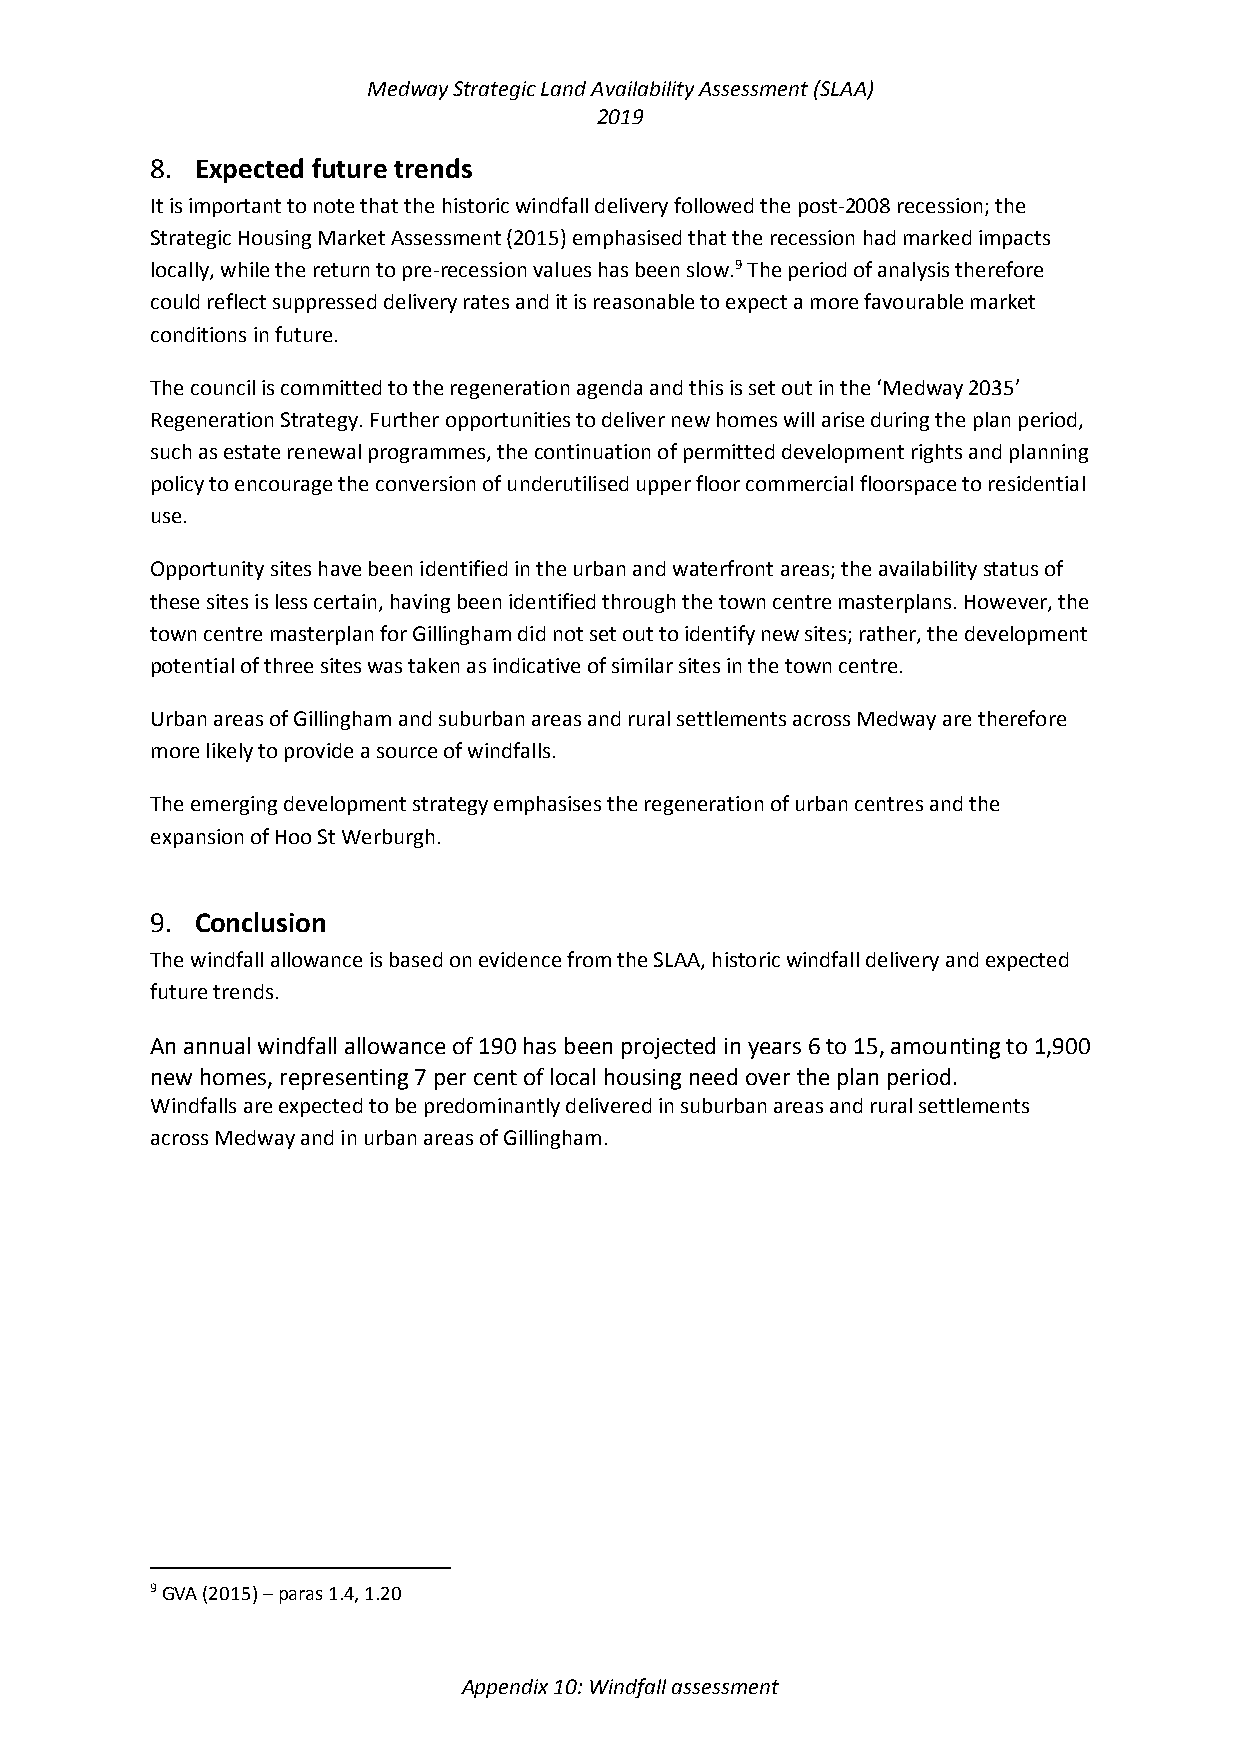
Medway Strategic Land Availability Assessment (SLAA)
 2019
 8. Expected future trends
 It is important to note that the historic windfall delivery followed the post-2008 recession; the
 Strategic Housing Market Assessment (2015) emphasised that the recession had marked impacts
 locally, while the return to pre-recession values has been slow.9 The period of analysis therefore
 could reflect suppressed delivery rates and it is reasonable to expect a more favourable market
 conditions in future.
 The council is committed to the regeneration agenda and this is set out in the ‘Medway 2035’
 Regeneration Strategy. Further opportunities to deliver new homes will arise during the plan period,
 such as estate renewal programmes, the continuation of permitted development rights and planning
 policy to encourage the conversion of underutilised upper floor commercial floorspace to residential
 use.
 Opportunity sites have been identified in the urban and waterfront areas; the availability status of
 these sites is less certain, having been identified through the town centre masterplans. However, the
 town centre masterplan for Gillingham did not set out to identify new sites; rather, the development
 potential of three sites was taken as indicative of similar sites in the town centre.
 Urban areas of Gillingham and suburban areas and rural settlements across Medway are therefore
 more likely to provide a source of windfalls.
 The emerging development strategy emphasises the regeneration of urban centres and the
 expansion of Hoo St Werburgh.
 9. Conclusion
 The windfall allowance is based on evidence from the SLAA, historic windfall delivery and expected
 future trends.
 An annual windfall allowance of 190 has been projected in years 6 to 15, amounting to 1,900
 new homes, representing 7 per cent of local housing need over the plan period.
 Windfalls are expected to be predominantly delivered in suburban areas and rural settlements
 across Medway and in urban areas of Gillingham.
 9 GVA (2015) – paras 1.4, 1.20
 Appendix 10: Windfall assessment